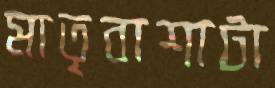
মাতৃবাশাটা